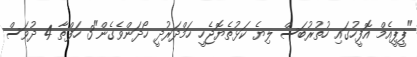
"ޕީޕީއެމް އޮފީހުގައި ހުތުރުބަސް ލިޔެ ކަޅުތެޔޮޖެހީ ހަމްދަރުދީ ހޯދަންވެގެން"3 ހަފްތާ 4 ދުވަސް